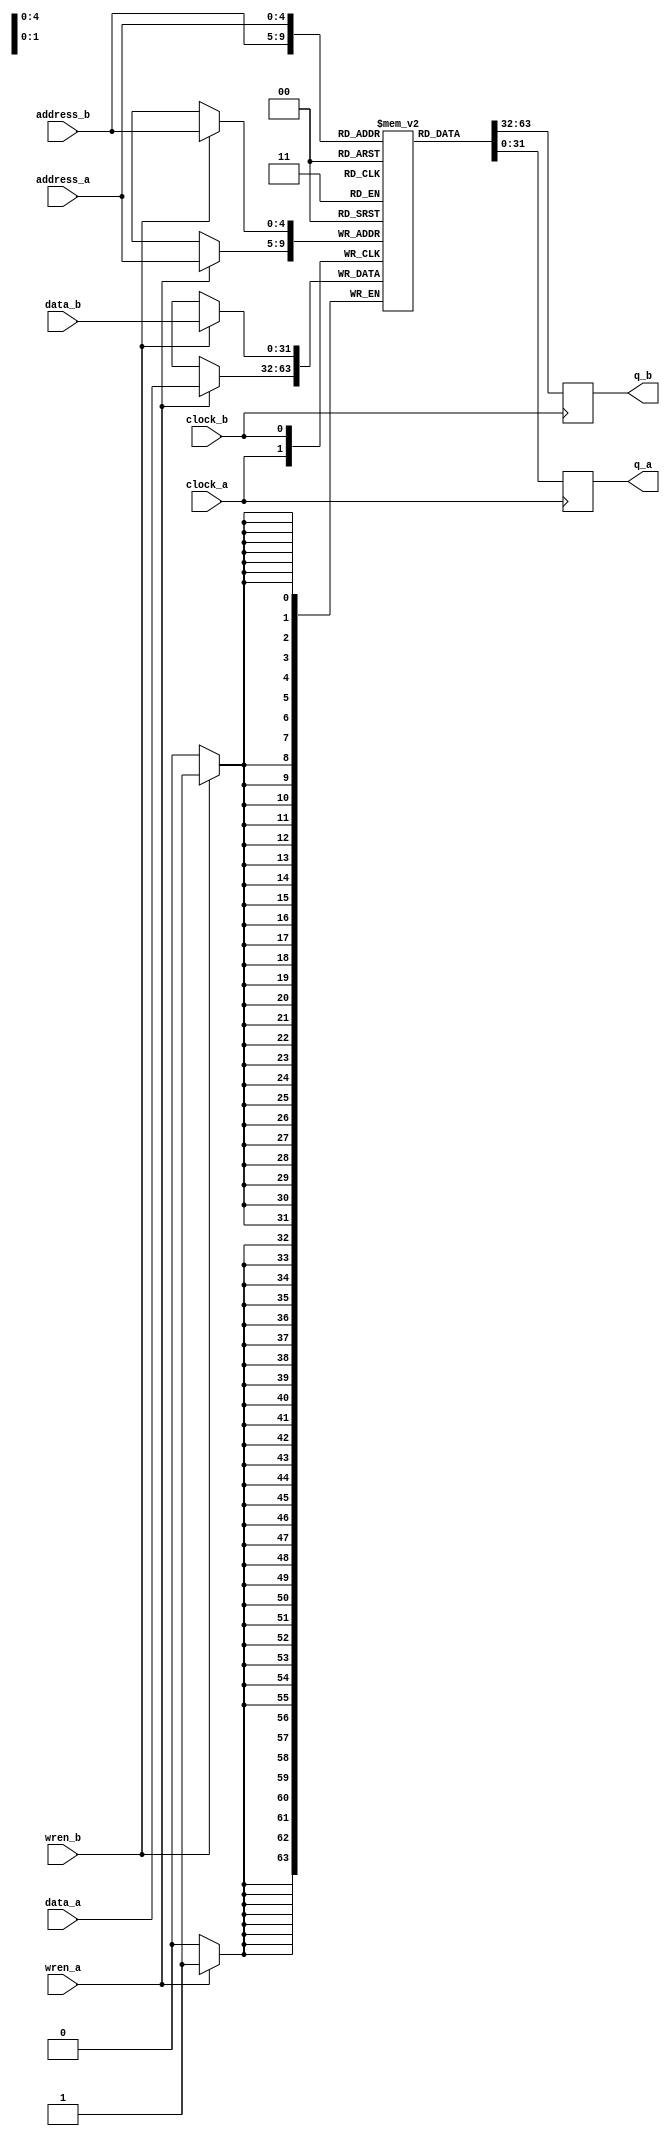
// This program was cloned from: https://github.com/lvzhengde/tsn-soc
// License: BSD 3-Clause "New" or "Revised" License

/*+
 * Copyright (c) 2022-2023 Zhengde
 * 
 * All rights reserved.
 * 
 * Redistribution and use in source and binary forms, with or without
 * modification, are permitted provided that the following conditions are met:
 * 
 * 1 Redistributions of source code must retain the above copyright notice, this
 *   list of conditions and the following disclaimer.
 * 
 * 2 Redistributions in binary form must reproduce the above copyright notice,
 *   this list of conditions and the following disclaimer in the documentation
 *   and/or other materials provided with the distribution.
 * 
 * 3 Neither the name of the copyright holder nor the names of its
 *   contributors may be used to endorse or promote products derived from
 *   this software without specific prior written permission.
 * 
 * THIS SOFTWARE IS PROVIDED BY THE COPYRIGHT HOLDERS AND CONTRIBUTORS "AS IS"
 * AND ANY EXPRESS OR IMPLIED WARRANTIES, INCLUDING, BUT NOT LIMITED TO, THE
 * IMPLIED WARRANTIES OF MERCHANTABILITY AND FITNESS FOR A PARTICULAR PURPOSE ARE
 * DISCLAIMED. IN NO EVENT SHALL THE COPYRIGHT HOLDER OR CONTRIBUTORS BE LIABLE
 * FOR ANY DIRECT, INDIRECT, INCIDENTAL, SPECIAL, EXEMPLARY, OR CONSEQUENTIAL
 * DAMAGES (INCLUDING, BUT NOT LIMITED TO, PROCUREMENT OF SUBSTITUTE GOODS OR
 * SERVICES; LOSS OF USE, DATA, OR PROFITS; OR BUSINESS INTERRUPTION) HOWEVER
 * CAUSED AND ON ANY THEORY OF LIABILITY, WHETHER IN CONTRACT, STRICT LIABILITY,
 * OR TORT (INCLUDING NEGLIGENCE OR OTHERWISE) ARISING IN ANY WAY OUT OF THE USE
 * OF THIS SOFTWARE, EVEN IF ADVISED OF THE POSSIBILITY OF SUCH DAMAGE.
-*/

/*+
 * Dual port RAM
 * This is behavioral description, for simulation only.
 * Replace it with real element according to technology used.
-*/

module dpram #(
    parameter 		DATA_WIDTH = 32,
    parameter 		ADDR_WIDTH = 5,
    parameter 		DEPTH = 2**ADDR_WIDTH	   
)
(
    input   [DATA_WIDTH -1:0]   data_a,
    input                       wren_a,
    input   [ADDR_WIDTH -1:0]   address_a,
    input                       clock_a,
    output  [DATA_WIDTH -1:0]   q_a,

    input   [DATA_WIDTH -1:0]   data_b,
    input                       wren_b,
    input   [ADDR_WIDTH -1:0]   address_b,
    input                       clock_b,
    output  [DATA_WIDTH -1:0]   q_b 
);   

`ifdef VENDOR_TECH
    VENDOR_DPRAM u_dpram 
    (
        .wren_a         (wren_a),
        .wren_b         (wren_b),
        .data_a         (data_a),
        .data_b         (data_b),
        .address_a      (address_a),
        .address_b      (address_b),
        .clock0         (clock_a),
        .clock1         (clock_b),
        .q_a            (q_a),
        .q_b            (q_b),
    );
`else //behavioral description for simulation
    reg [DATA_WIDTH-1:0]    ram_data [DEPTH-1:0];  
    integer i;

    //initialize memory
    initial begin
        for(i = 0; i < DEPTH; i = i+1)
            ram_data[i] = 0;
    end

    always @(posedge clock_a) begin //port-a writing
        if(wren_a)
            ram_data[address_a] <= data_a;
    end

    always @(posedge clock_b) begin //port-b writing
        if(wren_b)
            ram_data[address_b] <= data_b;
    end

    reg [DATA_WIDTH -1:0]  a_out;

    always @(posedge clock_a) begin //port-a reading
        a_out <= ram_data[address_a];
    end

    assign q_a = a_out;

    reg [DATA_WIDTH -1:0]  b_out;

    always @(posedge clock_b) begin //port-b reading
        b_out <= ram_data[address_b];
    end

    assign q_b = b_out;
`endif
 
endmodule